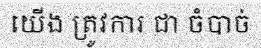
យើង ត្រូវការ ជា ចំបាច់